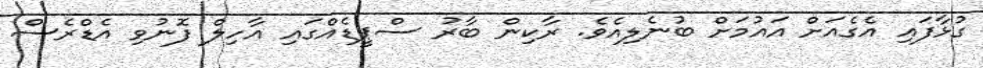
ގުޅާފައި އެގެއަށް އައުމަށް ބުނެލިއެވެ. ރާކިން ބާރު ސްޕީޑެއްގައި އާހިލް ފޮނުވި އެޑްރެސް